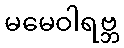
မမေဝါရဗ္ဘ